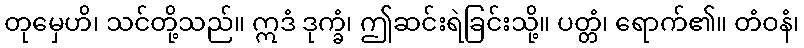
တုမှေဟိ၊ သင်တို့သည်။ ဣဒံ ဒုက္ခံ၊ ဤဆင်းရဲခြင်းသို့။ ပတ္တံ၊ ရောက်၏။ တံဝနံ၊